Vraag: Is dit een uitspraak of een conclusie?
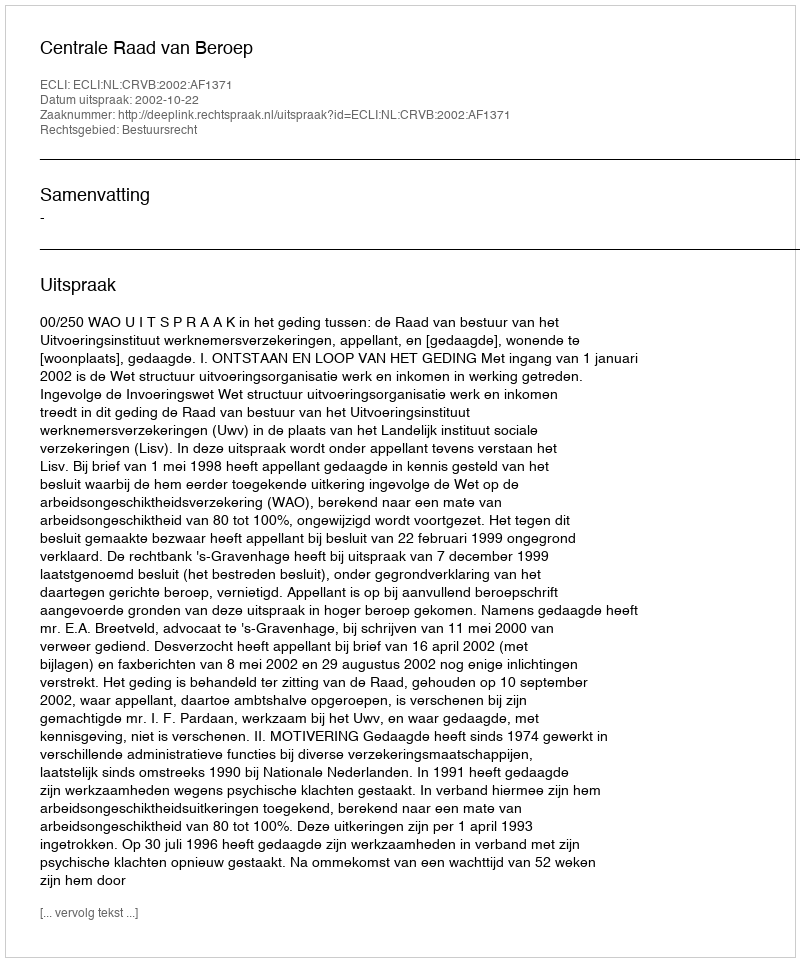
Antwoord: Uitspraak